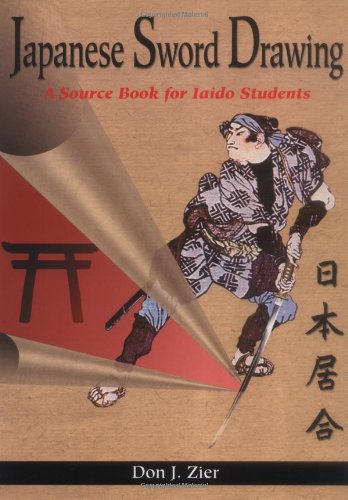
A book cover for Japanese Sword Drawing : A Sourcebook; Don Zier; Sports & Outdoors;